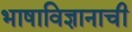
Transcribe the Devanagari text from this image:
भाषाविज्ञानाची